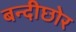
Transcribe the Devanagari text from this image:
बन्दीछोर